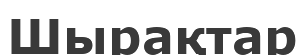
Шырақтар